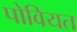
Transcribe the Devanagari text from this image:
पोवियत